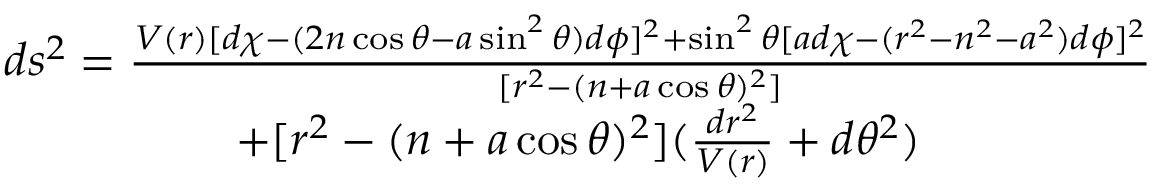
\begin{array} { c } { { d s ^ { 2 } = \frac { V ( r ) [ d \chi - ( 2 n \cos \theta - a \sin ^ { 2 } \theta ) d \phi ] ^ { 2 } + \sin ^ { 2 } \theta \lbrack a d \chi - ( r ^ { 2 } - n ^ { 2 } - a ^ { 2 } ) d \phi ] ^ { 2 } } { [ r ^ { 2 } - ( n + a \cos \theta ) ^ { 2 } ] } } } \\ { { + [ r ^ { 2 } - ( n + a \cos \theta ) ^ { 2 } ] ( \frac { d r ^ { 2 } } { V ( r ) } + d \theta ^ { 2 } ) } } \end{array}